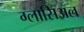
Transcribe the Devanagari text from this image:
ग्लासिअल